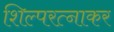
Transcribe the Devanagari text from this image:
शिल्परत्नाकर